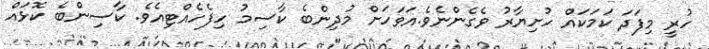
ހުރީ މިފަދަ ކަމަކައް ހުށިޔާރު ވެގެންނެވެ.އަވަހަށް މުދިންބެ ކާސިމު ހިފެހެއްޓިއެވެ. ކާސިންބެ ކޮޅައް